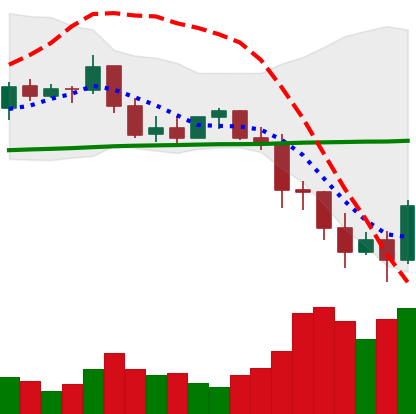
Ticker: BNB-USD
Chart end date: 2022-01-11
Forward return: 7.531%
Label: up_7plus